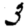
Digit: 3